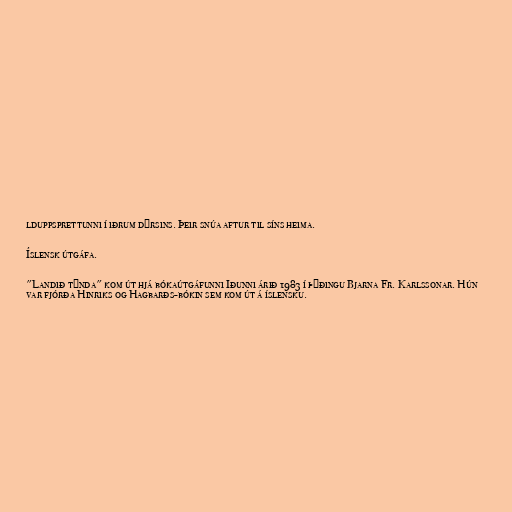
lduppsprettunni í iðrum dýrsins. Þeir snúa aftur til síns heima.

Íslensk útgáfa.

"Landið týnda" kom út hjá bókaútgáfunni Iðunni árið 1983 í þýðingu Bjarna Fr. Karlssonar. Hún
var fjórða Hinriks og Hagbarðs-bókin sem kom út á íslensku.